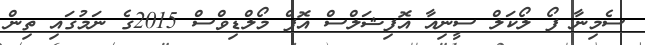
ސެމިނާ ފޯ ލޯކަލް ސީނިއާ އޮފިޝަލްސް އޮފް މޯލްޑިވްސް 2015ގެ ނަމުގައި ތިން